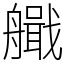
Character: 艥